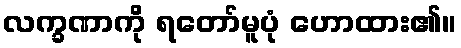
လက္ခဏာကို ရတော်မူပုံ ဟောထား၏။